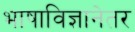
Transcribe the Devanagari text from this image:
भाषाविज्ञानेतर